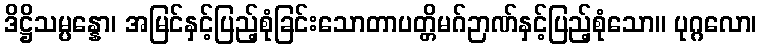
ဒိဋ္ဌိသမ္ပန္နော၊ အမြင်နှင့်ပြည့်စုံခြင်းသောတာပတ္တိမဂ်ဉာဏ်နှင့်ပြည့်စုံသော။ ပုဂ္ဂလော၊